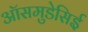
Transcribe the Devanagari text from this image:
ऑसमुडेसिई